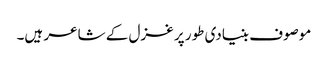
موصوف بنیادی طور پر غزل کے شاعر ہیں۔